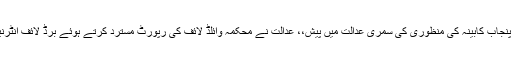
11 جنوری2017ء)لاہور ہائیکورٹ میں تلور کے شکار کی اجازت کے حوالے سے پنجاب کابینہ کی منظوری کی سمری عدالت میں پیش،، عدالت نے محکمہ وائلڈ لائف کی رپورٹ مسترد کرتے ہوئے برڈ لائف انٹرنیشنل سے رپورٹ طلب کر لی‘ چیف جسٹس لاہور ہائیکورٹ نے کیس کی سماعت کی۔